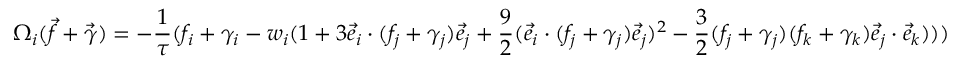
\Omega _ { i } ( \vec { f } + \vec { \gamma } ) = - \frac { 1 } { \tau } ( f _ { i } + \gamma _ { i } - { w _ { i } } ( 1 + 3 \vec { e } _ { i } \cdot ( f _ { j } + \gamma _ { j } ) \vec { e } _ { j } + \frac { 9 } { 2 } ( \vec { e } _ { i } \cdot ( f _ { j } + \gamma _ { j } ) \vec { e } _ { j } ) ^ { 2 } - \frac { 3 } { 2 } ( f _ { j } + \gamma _ { j } ) ( f _ { k } + \gamma _ { k } ) \vec { e } _ { j } \cdot \vec { e } _ { k } ) ) )